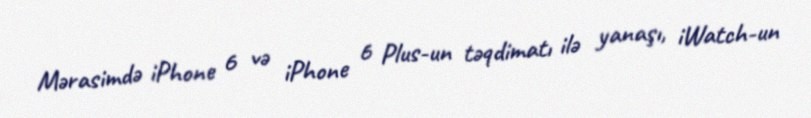
Mərasimdə iPhone 6 və iPhone 6 Plus-un təqdimatı ilə yanaşı, iWatch-un